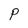
Character: p